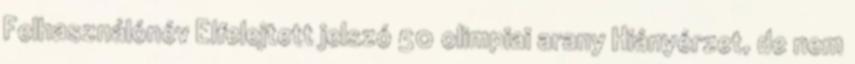
Felhasználónév Elfelejtett jelszó 50 olimpiai arany Hiányérzet, de nem